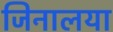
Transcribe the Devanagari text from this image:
जिनालया